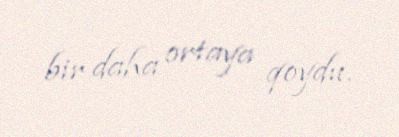
bir daha ortaya qoydu.